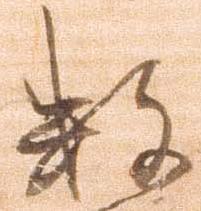
数